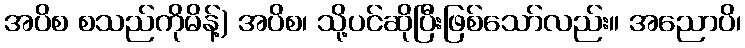
အပိစ စသည်ကိုမိန့်) အပိစ၊ သို့ပင်ဆိုပြီးဖြစ်သော်လည်း။ အညောပိ၊